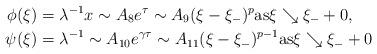
LaTeX: \begin{align*}\phi(\xi)&= \lambda^{-1}x\sim A_{8} e^{\tau}\sim A_{9} (\xi-\xi_{-})^{p}{\rm{as}} \xi \searrow \xi_{-}+0,\\\psi(\xi)&=\lambda^{-1} \sim A_{10} e^{\gamma \tau}\sim A_{11}(\xi-\xi_{-})^{p-1}{\rm{as}} \xi \searrow \xi_{-}+0\end{align*}